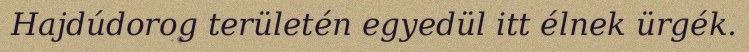
Hajdúdorog területén egyedül itt élnek ürgék.